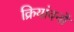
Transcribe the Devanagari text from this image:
क्रियांवनों